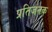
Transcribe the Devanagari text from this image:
प्रतिजनक